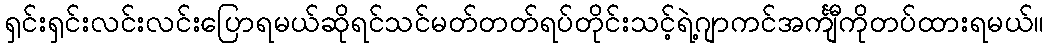
ရှင်းရှင်းလင်းလင်းပြောရမယ်ဆိုရင်သင်မတ်တတ်ရပ်တိုင်းသင့်ရဲ့ဂျာကင်အင်္ကျီကိုတပ်ထားရမယ်။